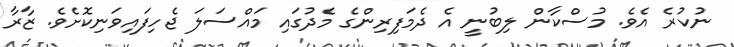
ނުކުރެ އެވެ. މުސްކާން ލިބުނީ އެ ދެމަފިރިންގެ މެދުގައި މައްސަލަ ޖެހިފައިވަނިކޮށެވެ. ޒާރާ